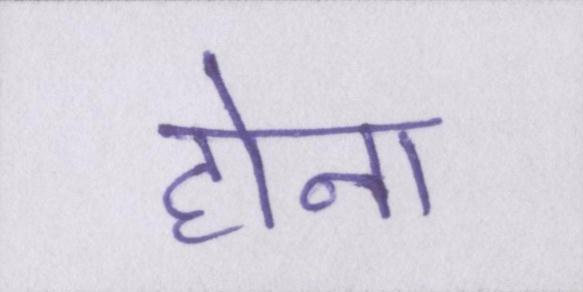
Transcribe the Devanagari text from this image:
होना